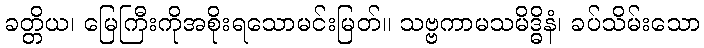
ခတ္တိယ၊ မြေကြီးကိုအစိုးရသောမင်းမြတ်။ သဗ္ဗကာမသမိဒ္ဓိနံ၊ ခပ်သိမ်းသော